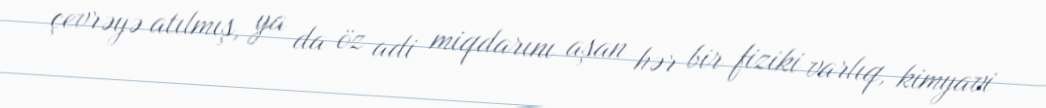
çevrəyə atılmış, ya da öz adi miqdarını aşan hər bir fiziki varlıq, kimyavi